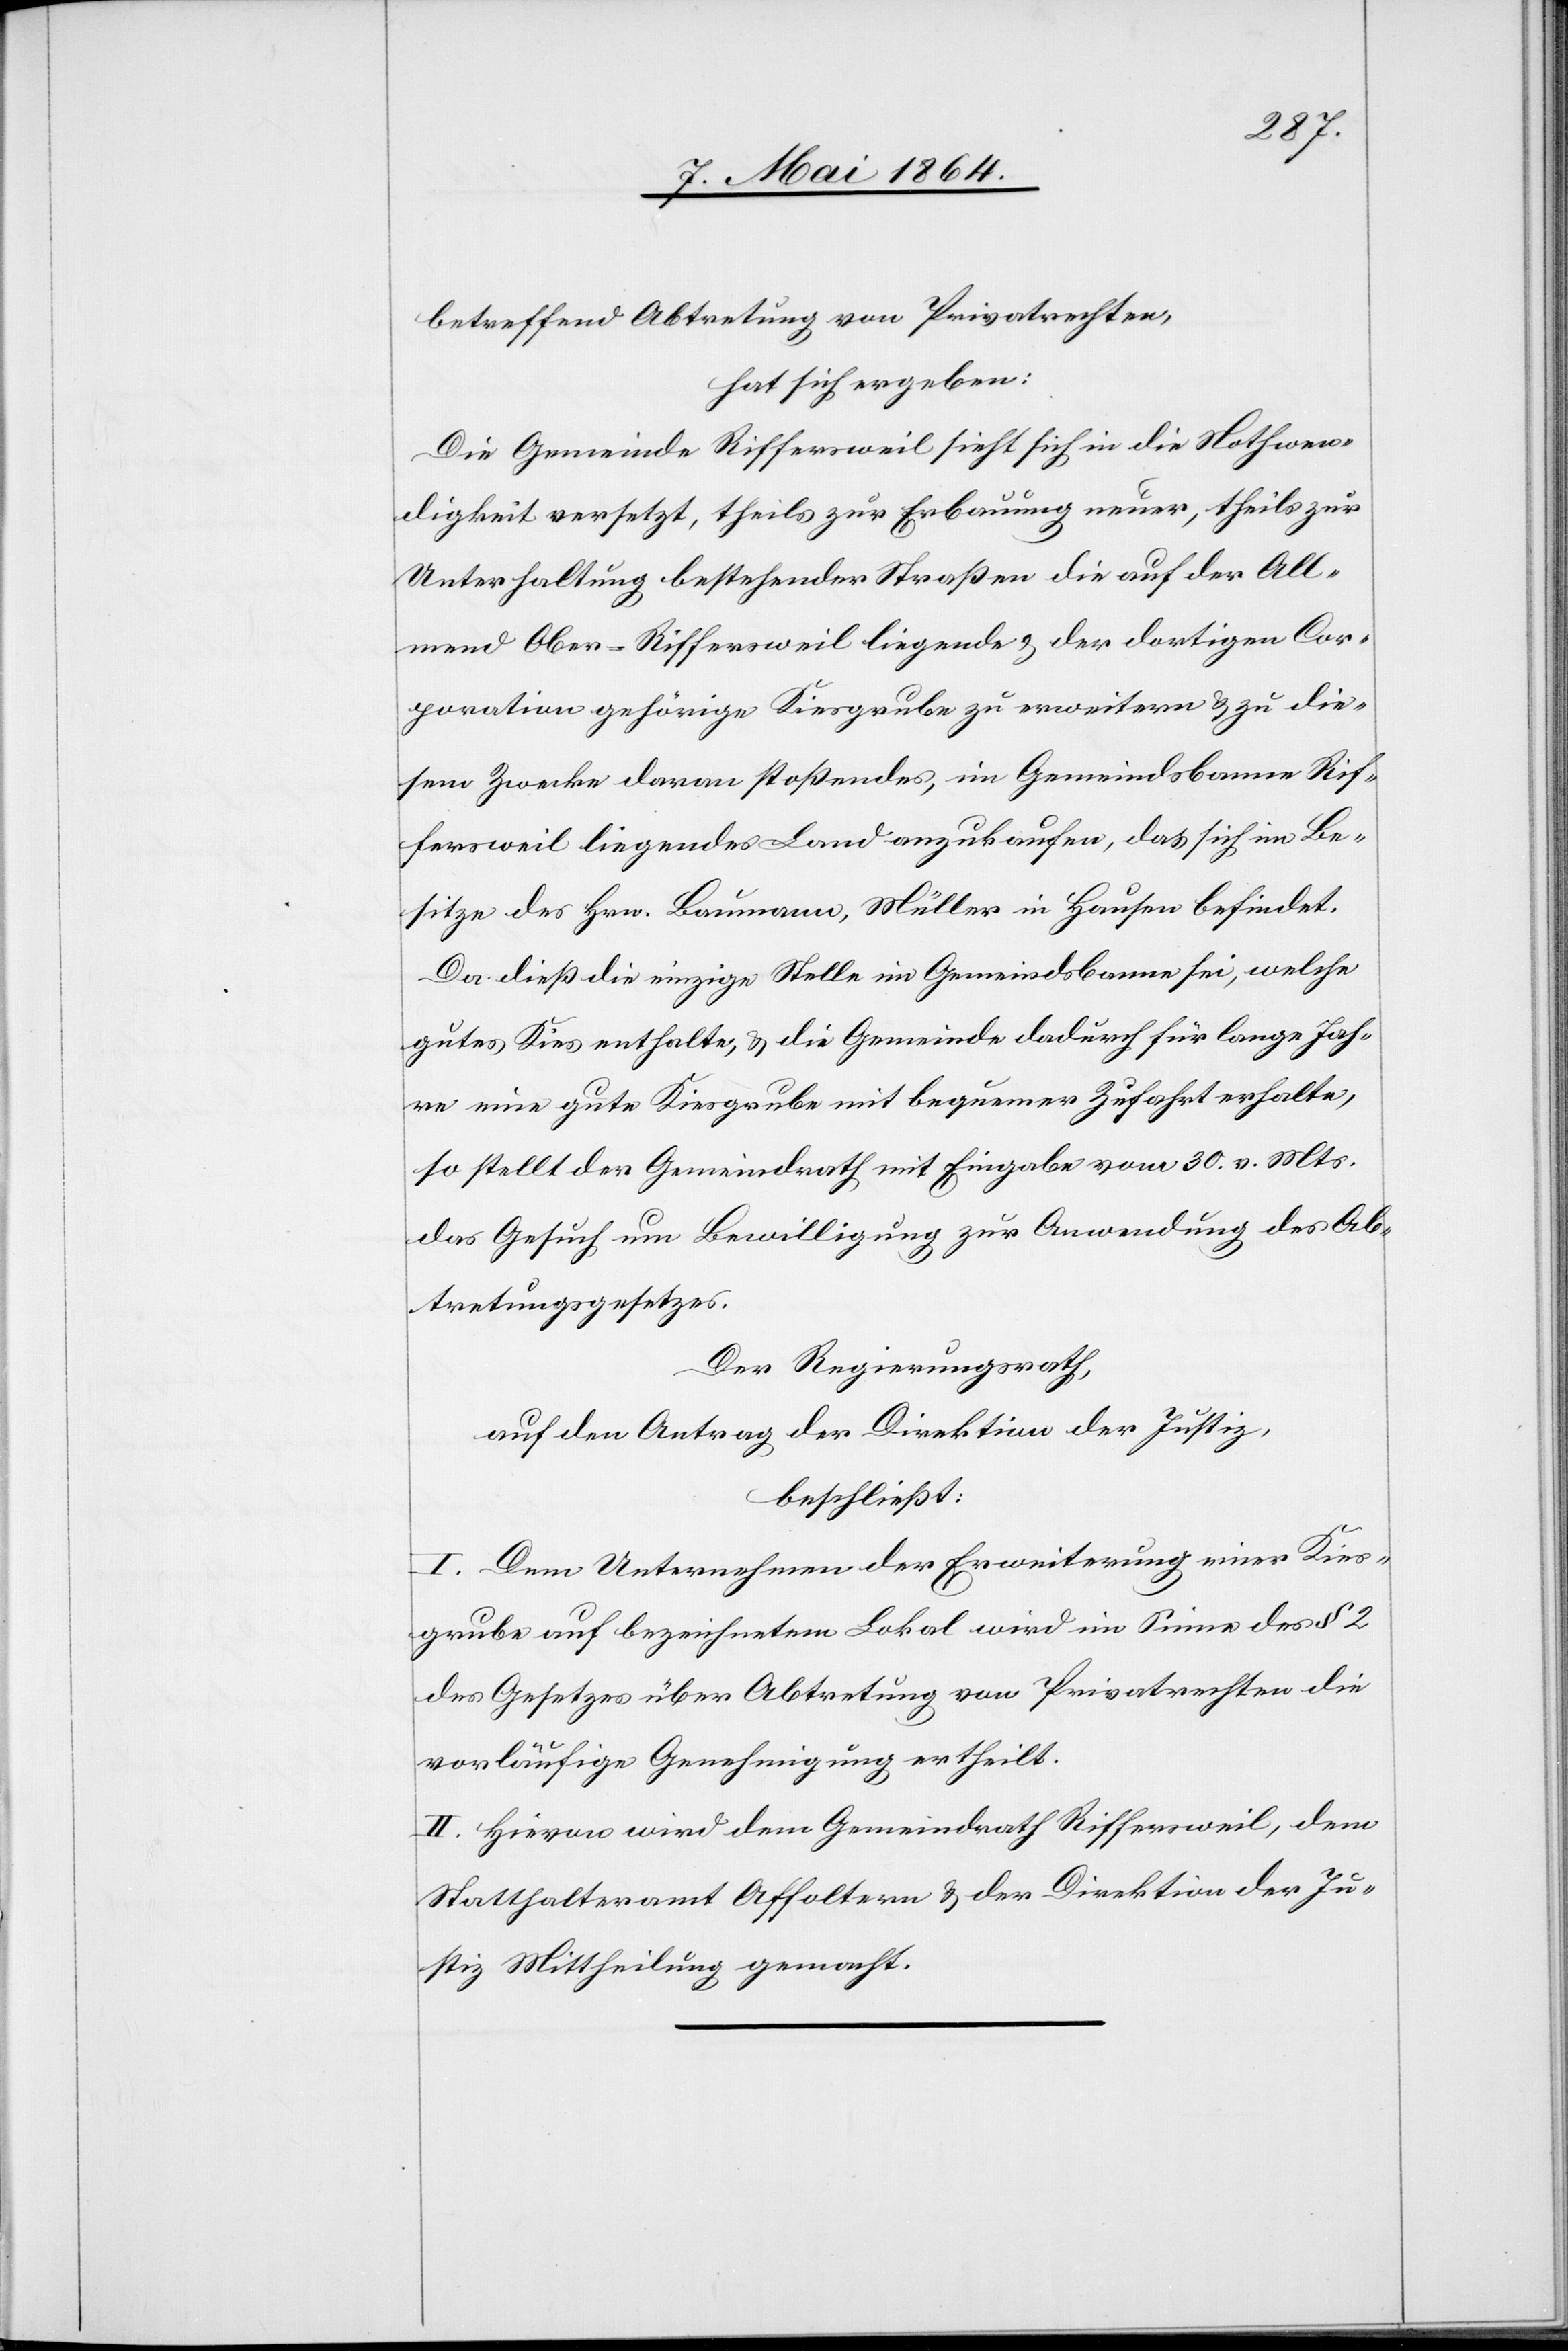
betreffend Abtretung von Privatrechten,
hat sich ergeben:
Die Gemeinde Riffersweil sieht sich in die Nothwen¬
digkeit versetzt, theils zur Erbauung neuer, theils zur
Unterhaltung bestehender Straßen die auf der All¬
mend Ober-Riffersweil liegende u. der dortigen Cor¬
poration gehörige Kiesgrube zu erweitern u. zu die¬
sem Zwecke daran stoßendes, im Gemeindsbanne Rif¬
fersweil liegendes Land anzukaufen, das sich im Be¬
sitze des Hrn. Baumann, Müller in Hausen befindet.
Da dieß die einzige Stelle im Gemeindsbanne sei, welche
gutes Kies enthalte, u. die Gemeinde dadurch für lange Jah¬
re eine gute Kiesgrube mit bequemer Zufahrt erhalte,
so stellt der Gemeindrath mit Eingabe vom 30. v. Mts.
das Gesuch um Bewilligung zur Anwendung des Ab¬
tretungsgesetzes.
Der Regierungsrath,
auf den Antrag der Direktion der Justiz,
beschließt:
I. Dem Unternehmen der Erweiterung einer Kies¬
grube auf bezeichnetem Lokal wird im Sinne des § 2
des Gesetzes über Abtretung von Privatrechten die
vorläufige Genehmigung ertheilt.
II. Hievon wird dem Gemeindrath Riffersweil, dem
Statthalteramt Affoltern u. der Direktion der Ju¬
stiz Mittheilung gemacht.